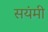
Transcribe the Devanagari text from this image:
सयंमी